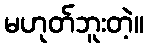
မဟုတ်ဘူးတဲ့။